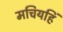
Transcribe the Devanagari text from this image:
मचियहिं